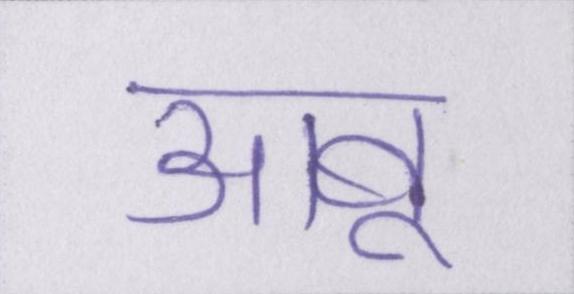
आबू